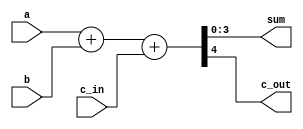
module fulladd_4bit(sum, c_out, a, b, c_in);
output [3:0] sum;
output c_out;
input [3:0] a, b;
input c_in;

assign {c_out,sum} = a + b + c_in; // carry (5bit )

endmodule